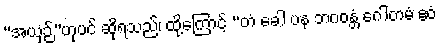
“အယှဉ်”ဟုပင် ဆိုရသည်၊ ထို့ကြောင့် “တံ ခေါ ပန ဘဂဝန္တံ ဂေါတမံ ဧဝံ